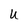
Character: U